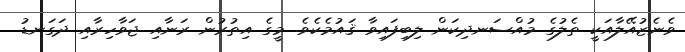
ވެނެޒުއޭލާއަކީ ތެލުގެ މުއްސަނދިކަން ލިބިފައިވާ ޤައުމެކެވެ. މީގެ އިތުރުން ރަނާއި ޖަވާހިރާއި ދަގަނޑު